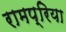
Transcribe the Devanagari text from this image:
रामप्रिया